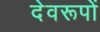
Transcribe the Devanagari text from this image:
देवरूपों